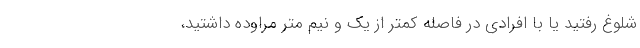
شلوغ رفتید یا با افرادی در فاصله کمتر از یک و نیم متر مراوده داشتید،